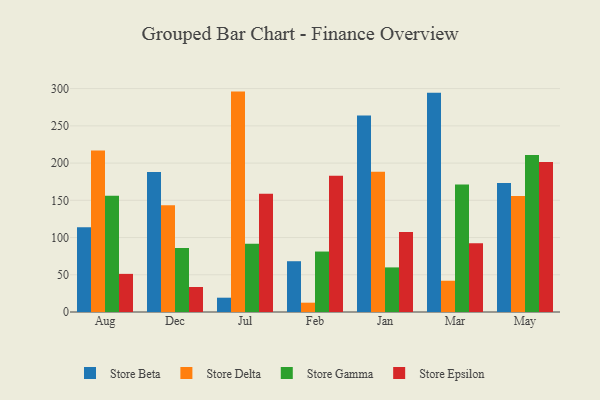
{"axis": {"x": "Month", "y": "Satisfaction Score"}, "legend": ["Store Beta", "Store Delta", "Store Epsilon", "Store Gamma"], "data": [{"x": "Aug", "y": 113.8, "type": "Store Beta"}, {"x": "Aug", "y": 216.9, "type": "Store Delta"}, {"x": "Aug", "y": 156.1, "type": "Store Gamma"}, {"x": "Aug", "y": 51.2, "type": "Store Epsilon"}, {"x": "Dec", "y": 188.0, "type": "Store Beta"}, {"x": "Dec", "y": 143.5, "type": "Store Delta"}, {"x": "Dec", "y": 86.0, "type": "Store Gamma"}, {"x": "Dec", "y": 33.6, "type": "Store Epsilon"}, {"x": "Jul", "y": 19.2, "type": "Store Beta"}, {"x": "Jul", "y": 296.0, "type": "Store Delta"}, {"x": "Jul", "y": 91.5, "type": "Store Gamma"}, {"x": "Jul", "y": 158.8, "type": "Store Epsilon"}, {"x": "Feb", "y": 68.2, "type": "Store Beta"}, {"x": "Feb", "y": 12.5, "type": "Store Delta"}, {"x": "Feb", "y": 81.2, "type": "Store Gamma"}, {"x": "Feb", "y": 183.0, "type": "Store Epsilon"}, {"x": "Jan", "y": 263.8, "type": "Store Beta"}, {"x": "Jan", "y": 188.5, "type": "Store Delta"}, {"x": "Jan", "y": 59.9, "type": "Store Gamma"}, {"x": "Jan", "y": 107.5, "type": "Store Epsilon"}, {"x": "Mar", "y": 294.3, "type": "Store Beta"}, {"x": "Mar", "y": 42.0, "type": "Store Delta"}, {"x": "Mar", "y": 171.4, "type": "Store Gamma"}, {"x": "Mar", "y": 92.4, "type": "Store Epsilon"}, {"x": "May", "y": 173.2, "type": "Store Beta"}, {"x": "May", "y": 155.8, "type": "Store Delta"}, {"x": "May", "y": 211.0, "type": "Store Gamma"}, {"x": "May", "y": 201.5, "type": "Store Epsilon"}]}